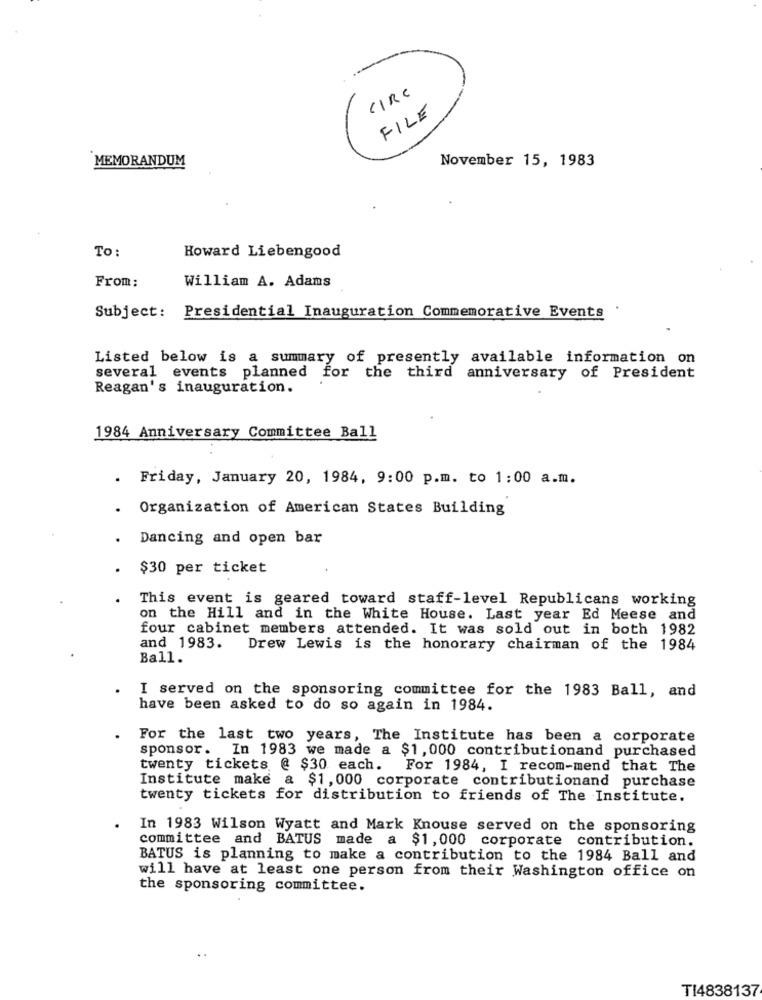
CIRC
FILE
MEMORANDUM
November 15, 1983
To:
Howard Liebengood
From:
William A. Adams
Subject: Presidential Inauguration Commemorative Events
Listed below is a summary of presently available information on
several events planned for the third anniversary of President
Reagan's inauguration.
1984 Anniversary Committee Ball
Friday, January 20, 1984, 9:00 p.m. to 1:00 a.m.
Organization of American States Building
Dancing and open bar
$30 per ticket
This event is geared toward staff-level Republicans working
on the Hill and in the White House. Last year Ed Meese and
four cabinet members attended. It was sold out in both 1982
and 1983.
Drew Lewis is the honorary chairman of the 1984
Ball.
I served on the sponsoring committee for the 1983 Ball, and
have been asked to do so again in 1984.
For the last two years, The Institute has been a corporate
sponsor. In 1983 we made a $1,000 contributionand purchased
twenty tickets @ $30 each.
For 1984, I recom-mend that The
Institute make a $1,000 corporate contributionand purchase
twenty tickets for distribution to friends of The Institute.
In 1983 Wilson Wyatt and Mark Knouse served on the sponsoring
committee and BATUS made a $1,000 corporate contribution.
BATUS is planning to make a contribution to the 1984 Ball and
will have at least one person from their Washington office on
the sponsoring committee.
TI4838137